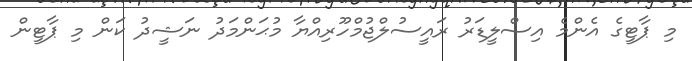
މި ޕާޓީގެ އެންމެ އިސްލީޑަރު ރައީސުލްޖުމްހޫރިއްޔާ މުޙަންމަދު ނަޝީދު ކަން މި ޕާޓީން